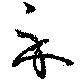
示